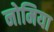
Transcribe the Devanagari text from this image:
नोमिया